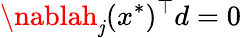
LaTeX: \nablah_{\mathit{j}}(x^{*})^{\top}d=0